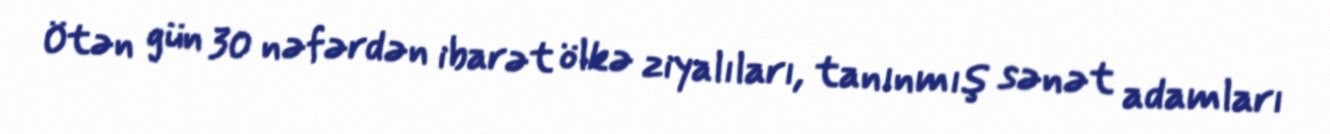
Ötən gün 30 nəfərdən ibarət ölkə ziyalıları, tanınmış sənət adamları